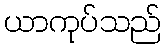
ယာကုပ်သည်